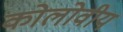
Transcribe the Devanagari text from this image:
कोलोवीय